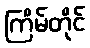
ကြိမ်တိုင်